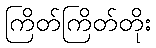
ကြိတ်ကြိတ်တိုး